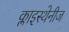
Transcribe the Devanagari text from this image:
क्लाइस्थेनीज